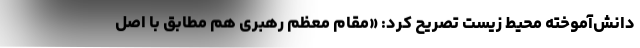
دانش‌آموخته محیط زیست تصریح کرد: «مقام معظم رهبری هم مطابق با اصل